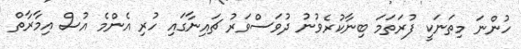
ހުންނަ މިތަނަކީ ފުރަތަމަ ބިނާކުރެވުނު ދުވަސްވަރު ޗައިނާގައި ހުރި އެންމެ އުސް އިމާރާތް